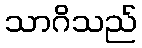
သာဂိသည်